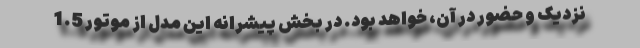
نزدیک و حضور در آن، خواهد بود. در بخش پیشرانه این مدل از موتور 1.5